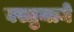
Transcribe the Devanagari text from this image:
वस्तुमाने